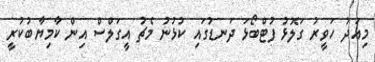
މިއަދު ހަވީރު ގަލޮޅު ފުޓްބޯޅަ ދަނޑުގައި ކުޅުނު މެޗު އީގަލްސް އިން ކާމިޔާބުކުރީ